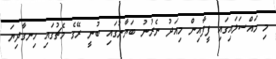
މި މައްސަލައިގައި ފީފާއިން މިއަދު ނެރުނު ބަޔާނުގައި ބުނީ ރޭގެ މެޗުގައި ހިނގާދިޔަ